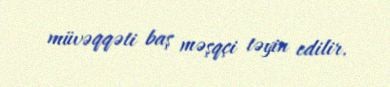
müvəqqəti baş məşqçi təyin edilir.